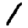
Digit: 1